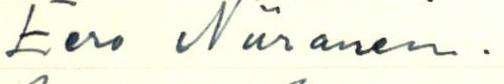
Eero Niiranen.